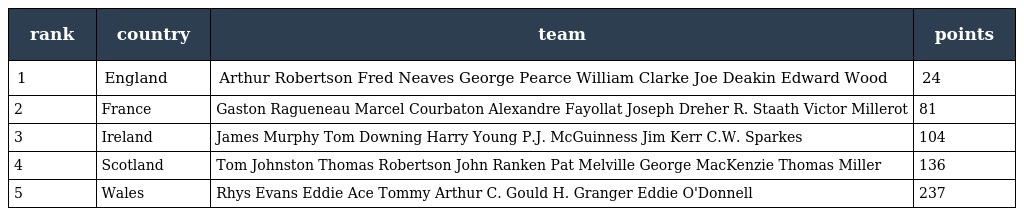
| rank | country | team | points |
 | --- | --- | --- | --- |
 | 1 | England | Arthur Robertson Fred Neaves George Pearce William Clarke Joe Deakin Edward Wood | 24 |
 | 2 | France | Gaston Ragueneau Marcel Courbaton Alexandre Fayollat Joseph Dreher R. Staath Victor Millerot | 81 |
 | 3 | Ireland | James Murphy Tom Downing Harry Young P.J. McGuinness Jim Kerr C.W. Sparkes | 104 |
 | 4 | Scotland | Tom Johnston Thomas Robertson John Ranken Pat Melville George MacKenzie Thomas Miller | 136 |
 | 5 | Wales | Rhys Evans Eddie Ace Tommy Arthur C. Gould H. Granger Eddie O'Donnell | 237 |